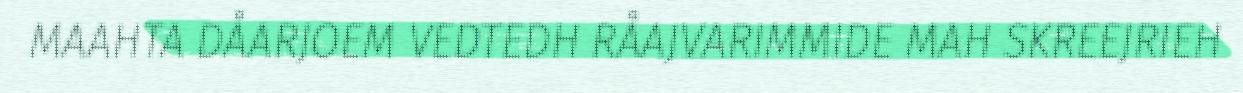
MAAHTA DÅARJOEM VEDTEDH RÅAJVARIMMIDE MAH SKREEJRIEH